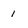
Character: 1